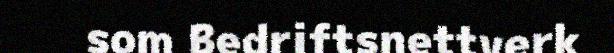
som Bedriftsnettverk